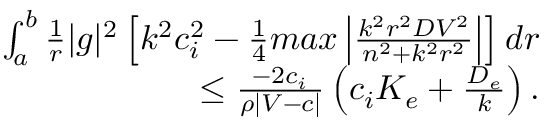
\begin{array} { r } { \int _ { a } ^ { b } \frac { 1 } { r } | g | ^ { 2 } \left[ k ^ { 2 } c _ { i } ^ { 2 } - \frac { 1 } { 4 } m a x \left| \frac { k ^ { 2 } r ^ { 2 } D V ^ { 2 } } { n ^ { 2 } + k ^ { 2 } r ^ { 2 } } \right| \right] d r } \\ { \leq \frac { - 2 c _ { i } } { \rho | V - c | } \left( c _ { i } K _ { e } + \frac { D _ { e } } { k } \right) . } \end{array}